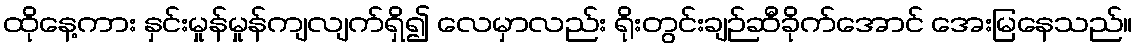
ထိုနေ့ကား နှင်းမှုန်မှုန်ကျလျက်ရှိ၍ လေမှာလည်း ရိုးတွင်းချဉ်ဆီခိုက်အောင် အေးမြနေသည်။